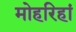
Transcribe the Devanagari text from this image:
मोहरिहां